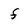
Character: f